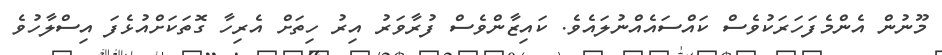
މޫނުން އެންމެފަހަރަކުވެސް ކައްސައެއްނުލައެވެ. ކައިޒާންވެސް ފުރާވަރު އިރު ހިތަށް އެރިހާ ގޮތަކަށްއުޅެފަ އިސްލާހުވެ